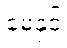
မေနှင့်